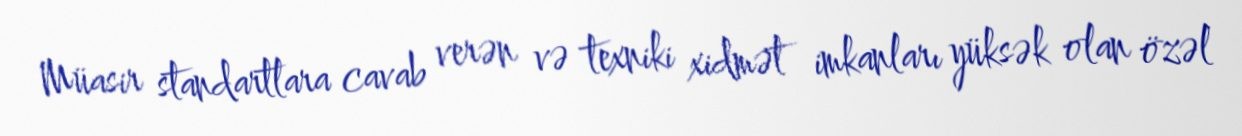
Müasir standartlara cavab verən və texniki xidmət imkanları yüksək olan özəl